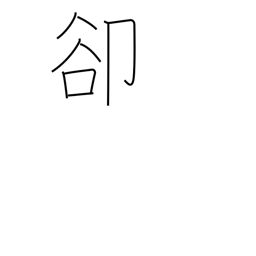
Meaning: instead